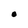
Character: O